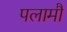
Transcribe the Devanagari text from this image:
पलामौ